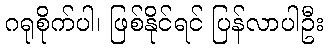
ဂရုစိုက်ပါ၊ ဖြစ်နိုင်ရင် ပြန်လာပါဦး